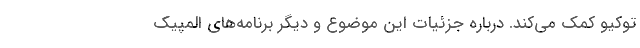
توکیو کمک می‌کند. درباره جزئیات این موضوع و دیگر برنامه‌های المپیک